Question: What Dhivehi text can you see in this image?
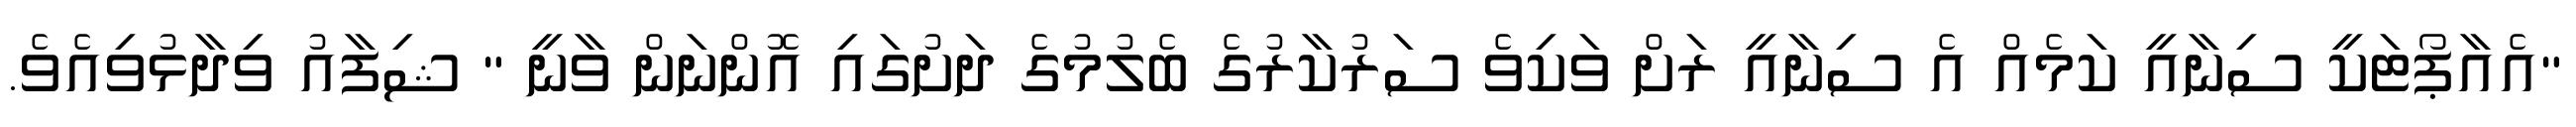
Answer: "އެއާޕޯޓަކީ ސިނާއީ ކަމެއް އެ ސިނާއީ ރަށް ވަކިވެ ސަރުކާރުގެ ބެލުމުގެ ދަށުގައި އޮންނަން ވާނީ " ޝިފާއު ވިދާޅުވިއެވެ.